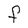
Character: F